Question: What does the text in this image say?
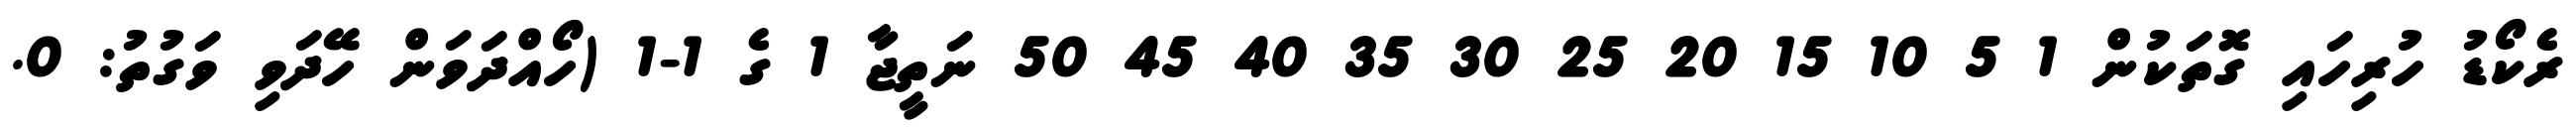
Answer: ރެކޯޑު ހުރިހައި ގޮތަކުން 1 5 10 15 20 25 30 35 40 45 50 ނަތީޖާ 1 ގެ 1-1 (ހޯއްދަވަން ހޭދަވި ވަގުތު: 0.